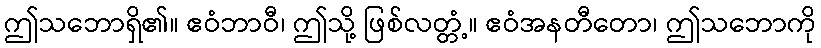
ဤသဘောရှိ၏။ ဧဝံဘာဝီ၊ ဤသို့ ဖြစ်လတ္တံ့။ ဧဝံအနတီတော၊ ဤသဘောကို